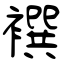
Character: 襈